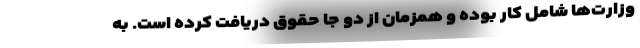
وزارت‌ها شامل کار بوده و همزمان از دو جا حقوق دریافت کرده است. به